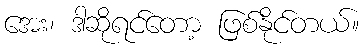
အေး၊ ဒါဆိုရင်တော့ ဖြစ်နိုင်တယ်။